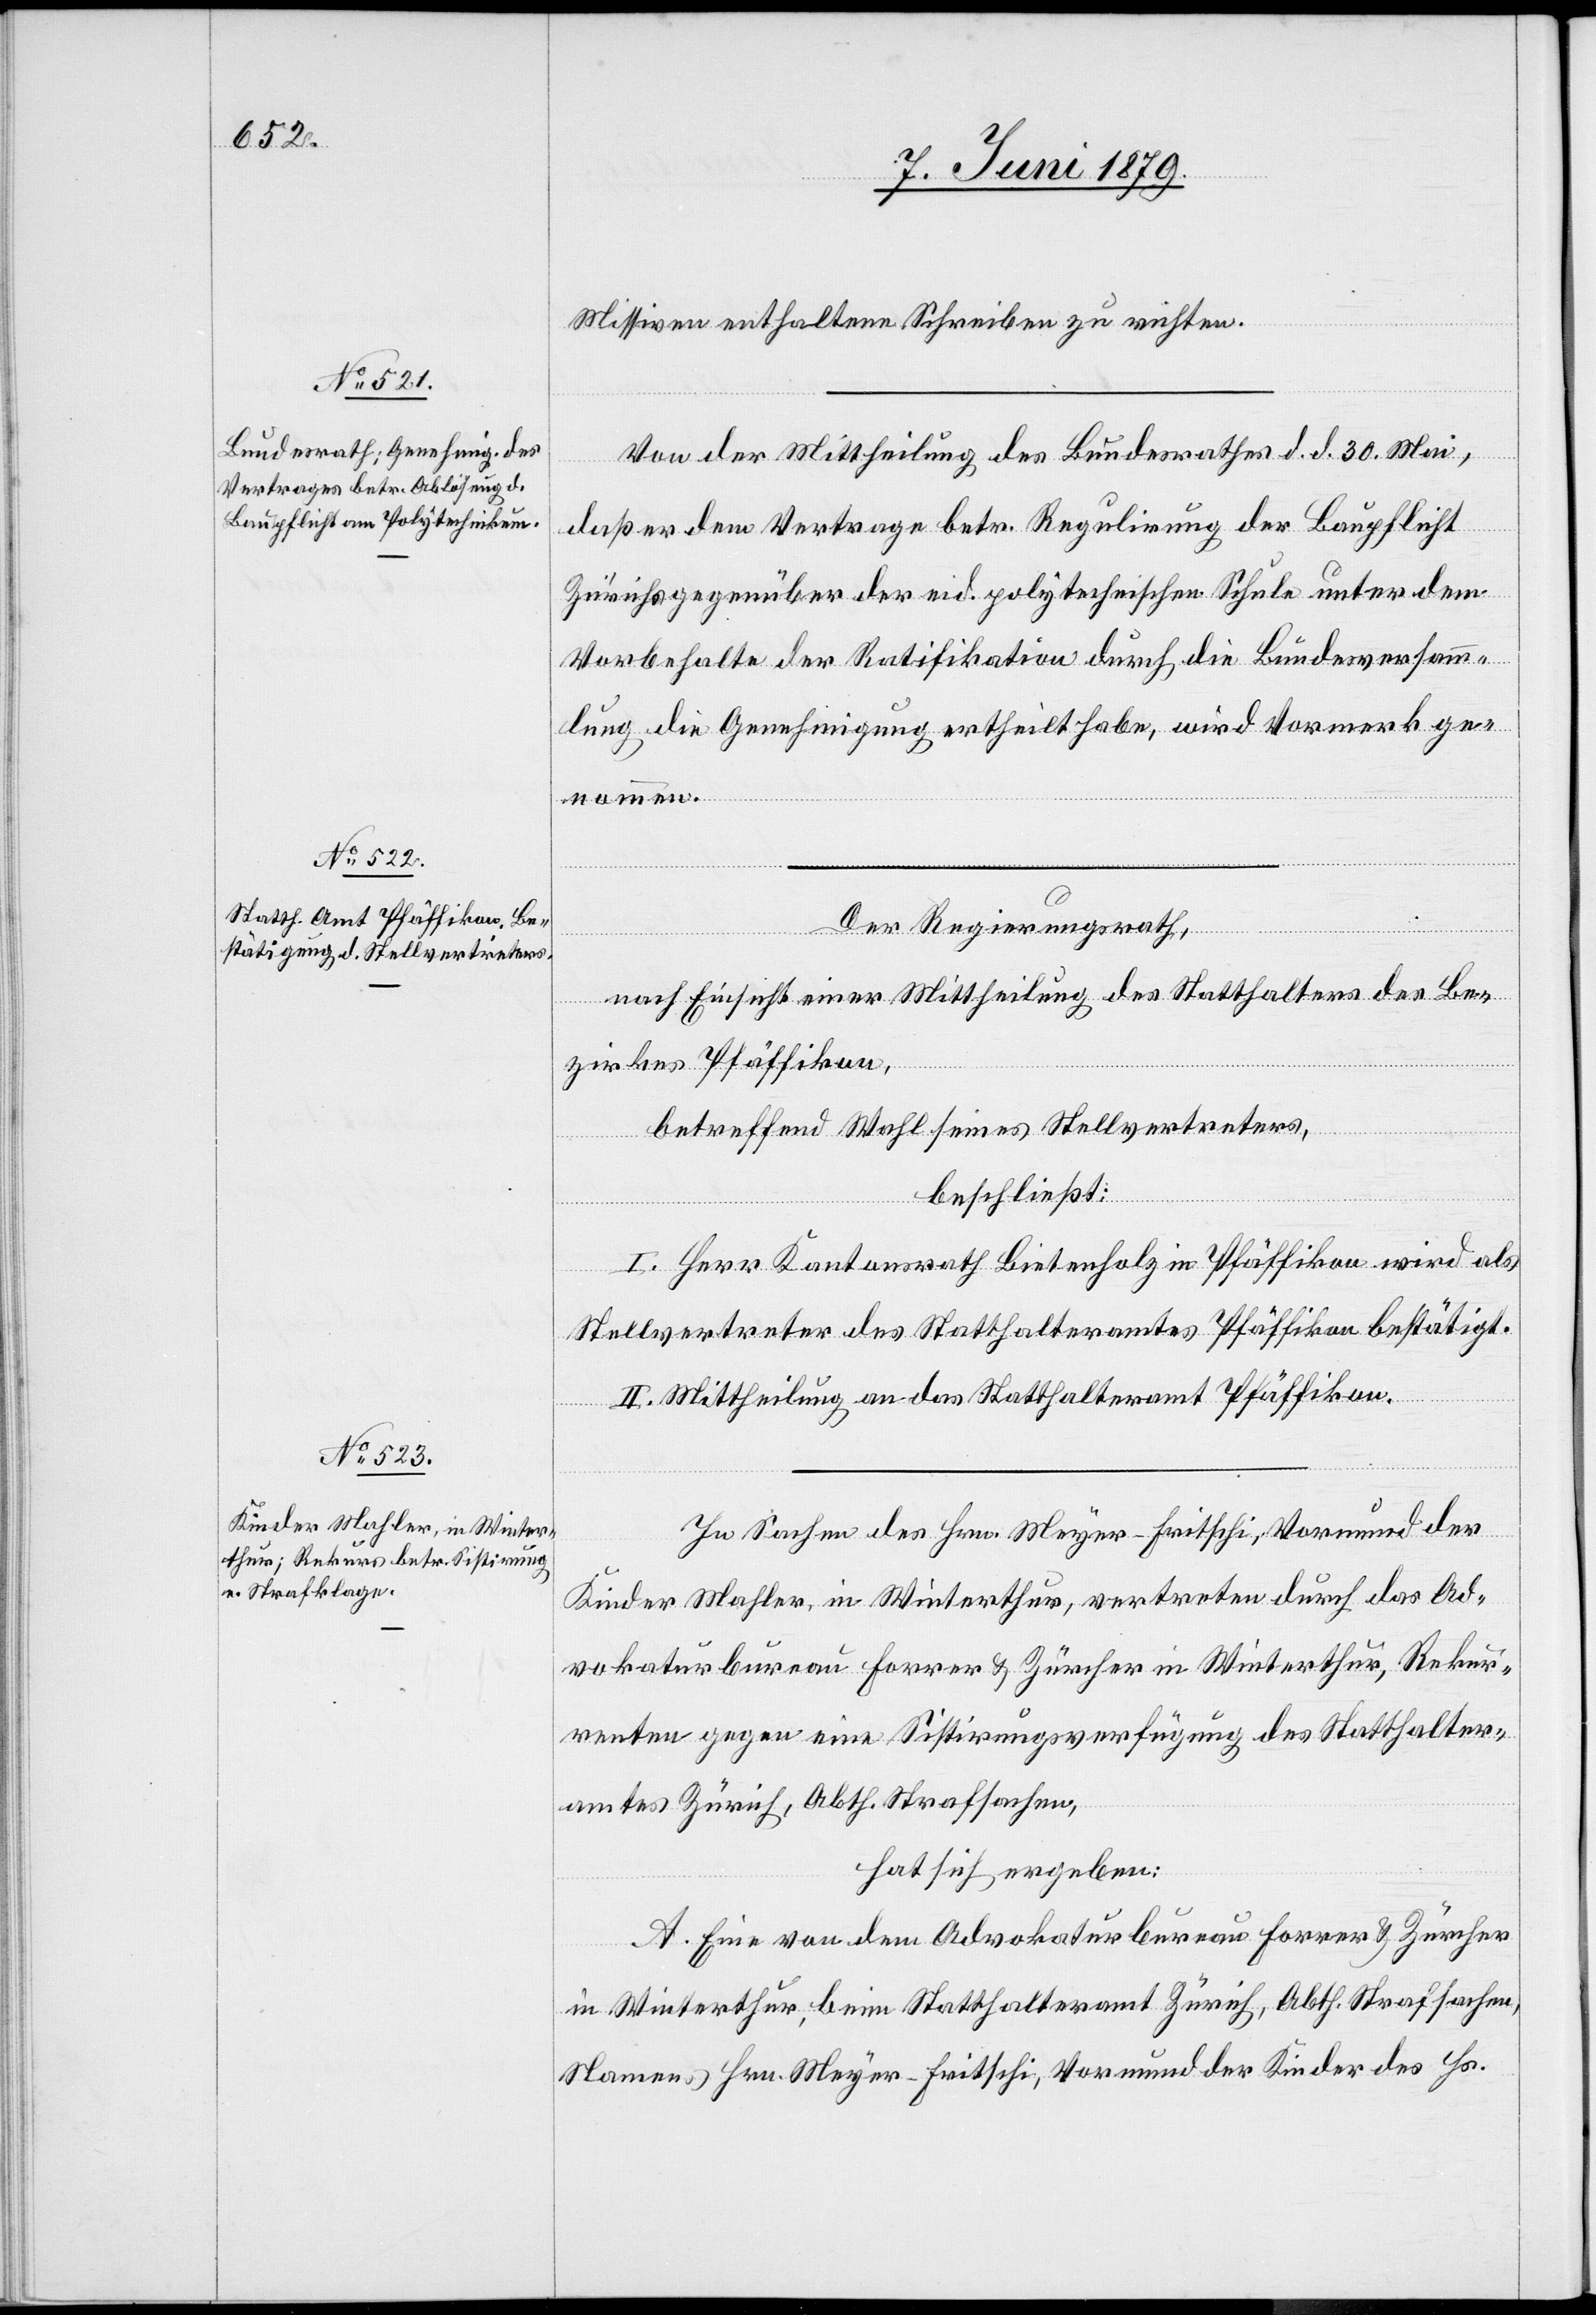
Missiven enthaltene Schreiben zu richten.
Von der Mittheilung des Bundesrathes d. d. 30. Mai,
daß er dem Vertrage betr. Regulirung der Baupflicht
Zürichs gegenüber der eid. polytechnischen Schule unter dem
Vorbehalte der Ratifikation durch die Bundesversamm¬
lung die Genehmigung ertheilt habe, wird Vormerk ge¬
nommen.
Der Regierungsrath,
nach Einsicht einer Mittheilung des Statthalters des Be¬
zirkes Pfäffikon,
betreffend Wahl seines Stellvertreters,
beschließt:
I. Herr Kantonsrath Bietenholz in Pfäffikon wird als
Stellvertreter des Statthalteramtes Pfäffikon bestätigt.
II. Mittheilung an das Statthalteramt Pfäffikon.
In Sachen des Hrn. Meyer-Fritschi, Vormund der
Kinder Mahler, in Winterthur, vertreten durch das Ad¬
vokaturbureau Forrer & Zürcher in Winterthur, Rekur¬
renten gegen eine Sistirungsverfügung des Statthalter¬
amtes Zürich, Abth. Strafsachen,
hat sich ergeben:
A. Eine von dem Advokaturbureau Forrer & Zürcher
in Winterthur, beim Statthalteramt Zürich, Abth. Strafsachen,
Namens Hrn. Meyer-Fritschi, Vormund der Kinder des Hs.